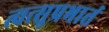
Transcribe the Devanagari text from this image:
त्वत्सुप्रभातं